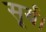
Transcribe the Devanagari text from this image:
सूर्य।